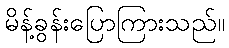
မိန့်ခွန်းပြောကြားသည်။